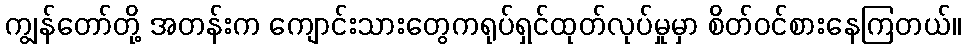
ကျွန်တော်တို့ အတန်းက ကျောင်းသားတွေကရုပ်ရှင်ထုတ်လုပ်မှုမှာ စိတ်ဝင်စားနေကြတယ်။